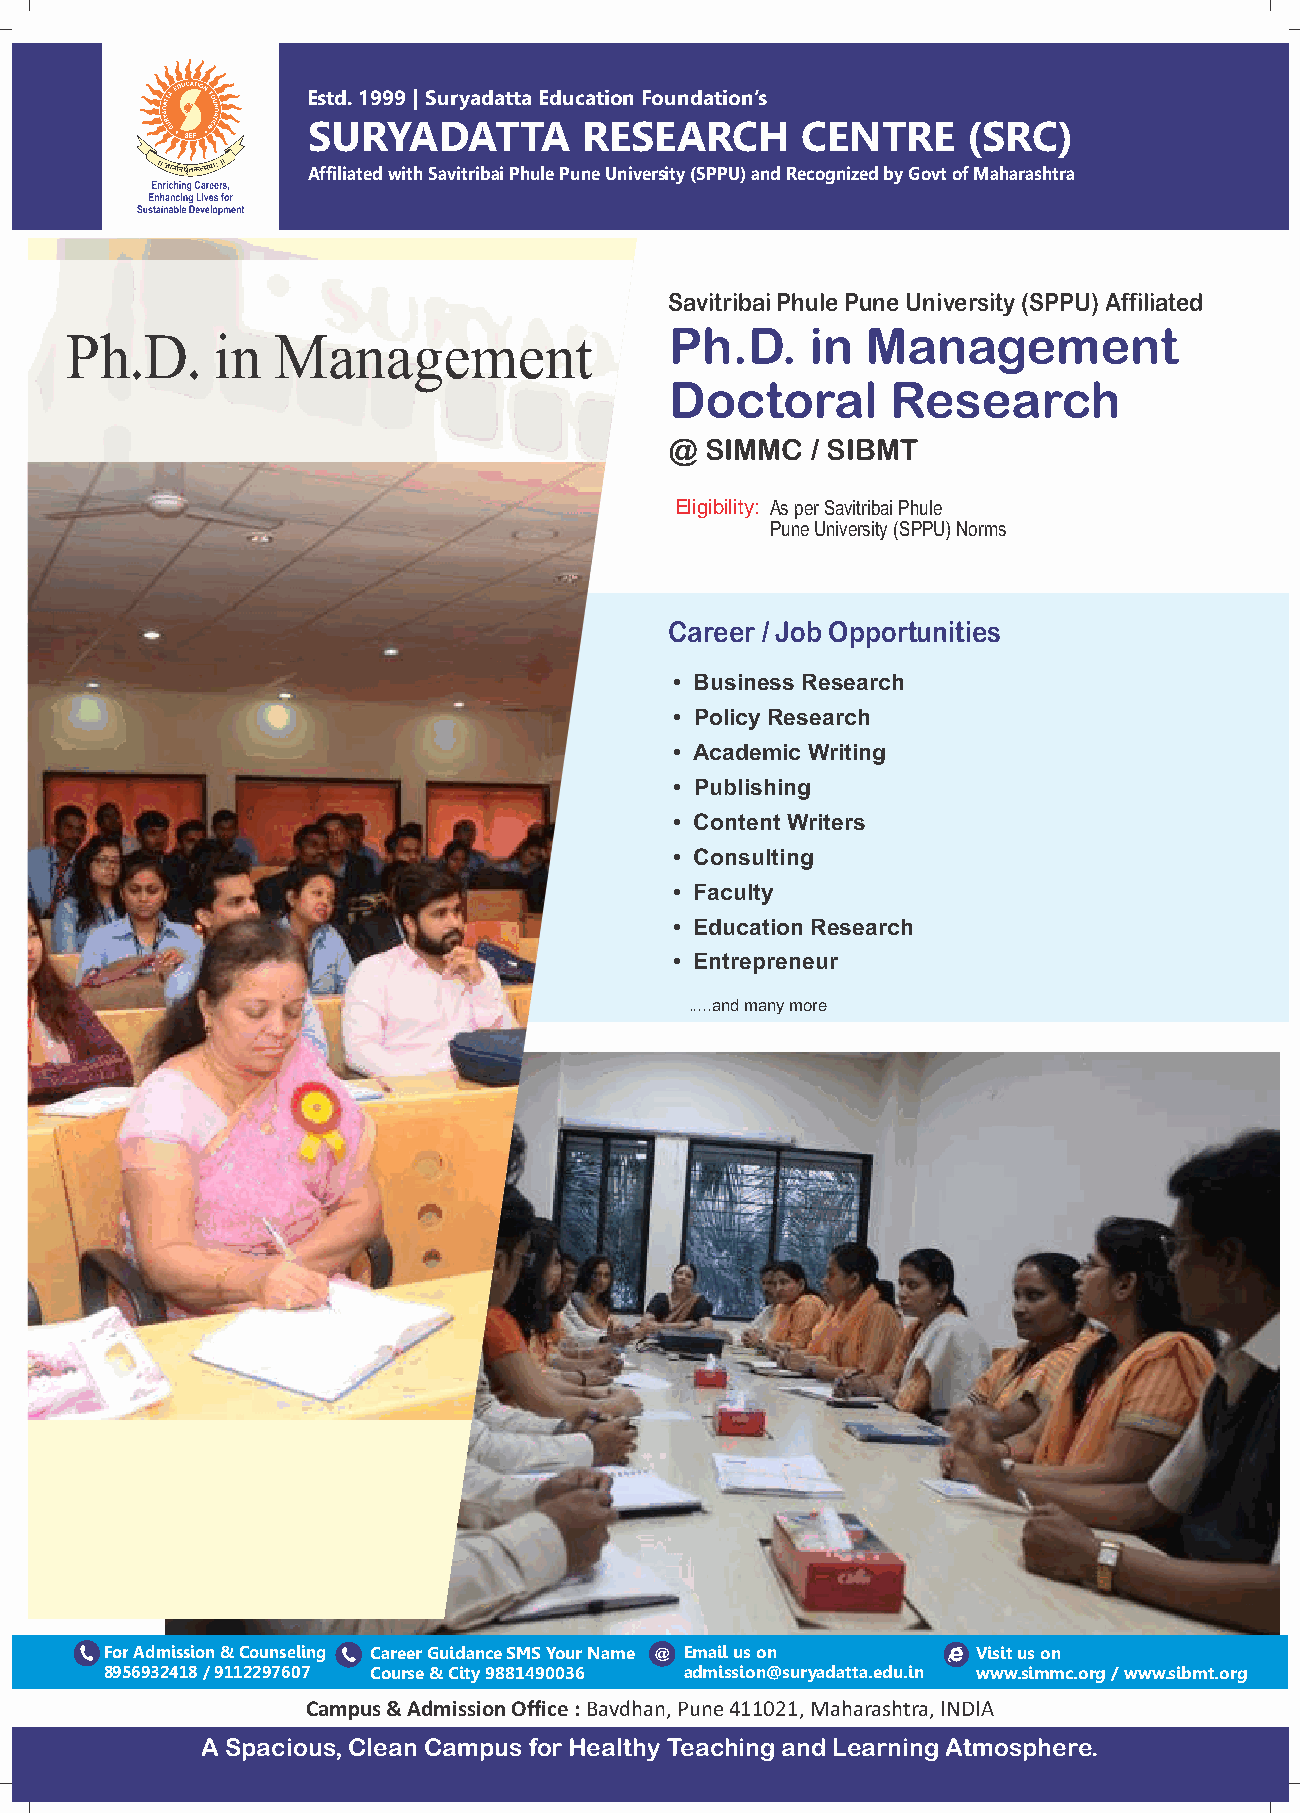
Estd. 1999 | Suryadatta Education Foundation’s
 SURYADATTA        RESEARCH       CENTRE     (SRC)
 Affiliated with Savitribai Phule Pune University (SPPU) and Recognized by Govt of Maharashtra
 Savitribai Phule Pune University (SPPU) Affiliated
 Ph.D.     in Management
 Ph.D.     in  Management
 Doctoral       Research
 @  SIMMC  / SIBMT
 Eligibility: As per Savitribai Phule
 Pune University (SPPU) Norms
 Career / Job Opportunities
 • Business Research
 • P olicy Research
 • Academic Writing
 • Publishing
 • Content Writers
 • Consulting
 • Faculty
 • Education Research
 • Entrepreneur
 .....and many more
 For Admission & Counseling Career Guidance SMS Your Name @ Email us on Visit us on
 8956932418 / 9112297607 Course & City 9881490036 admission@suryadatta.edu.in www.simmc.org / www.sibmt.org
 Campus & Admission Office : Bavdhan, Pune 411021, Maharashtra, INDIA
 A Spacious, Clean Campus for Healthy Teaching and Learning Atmosphere.